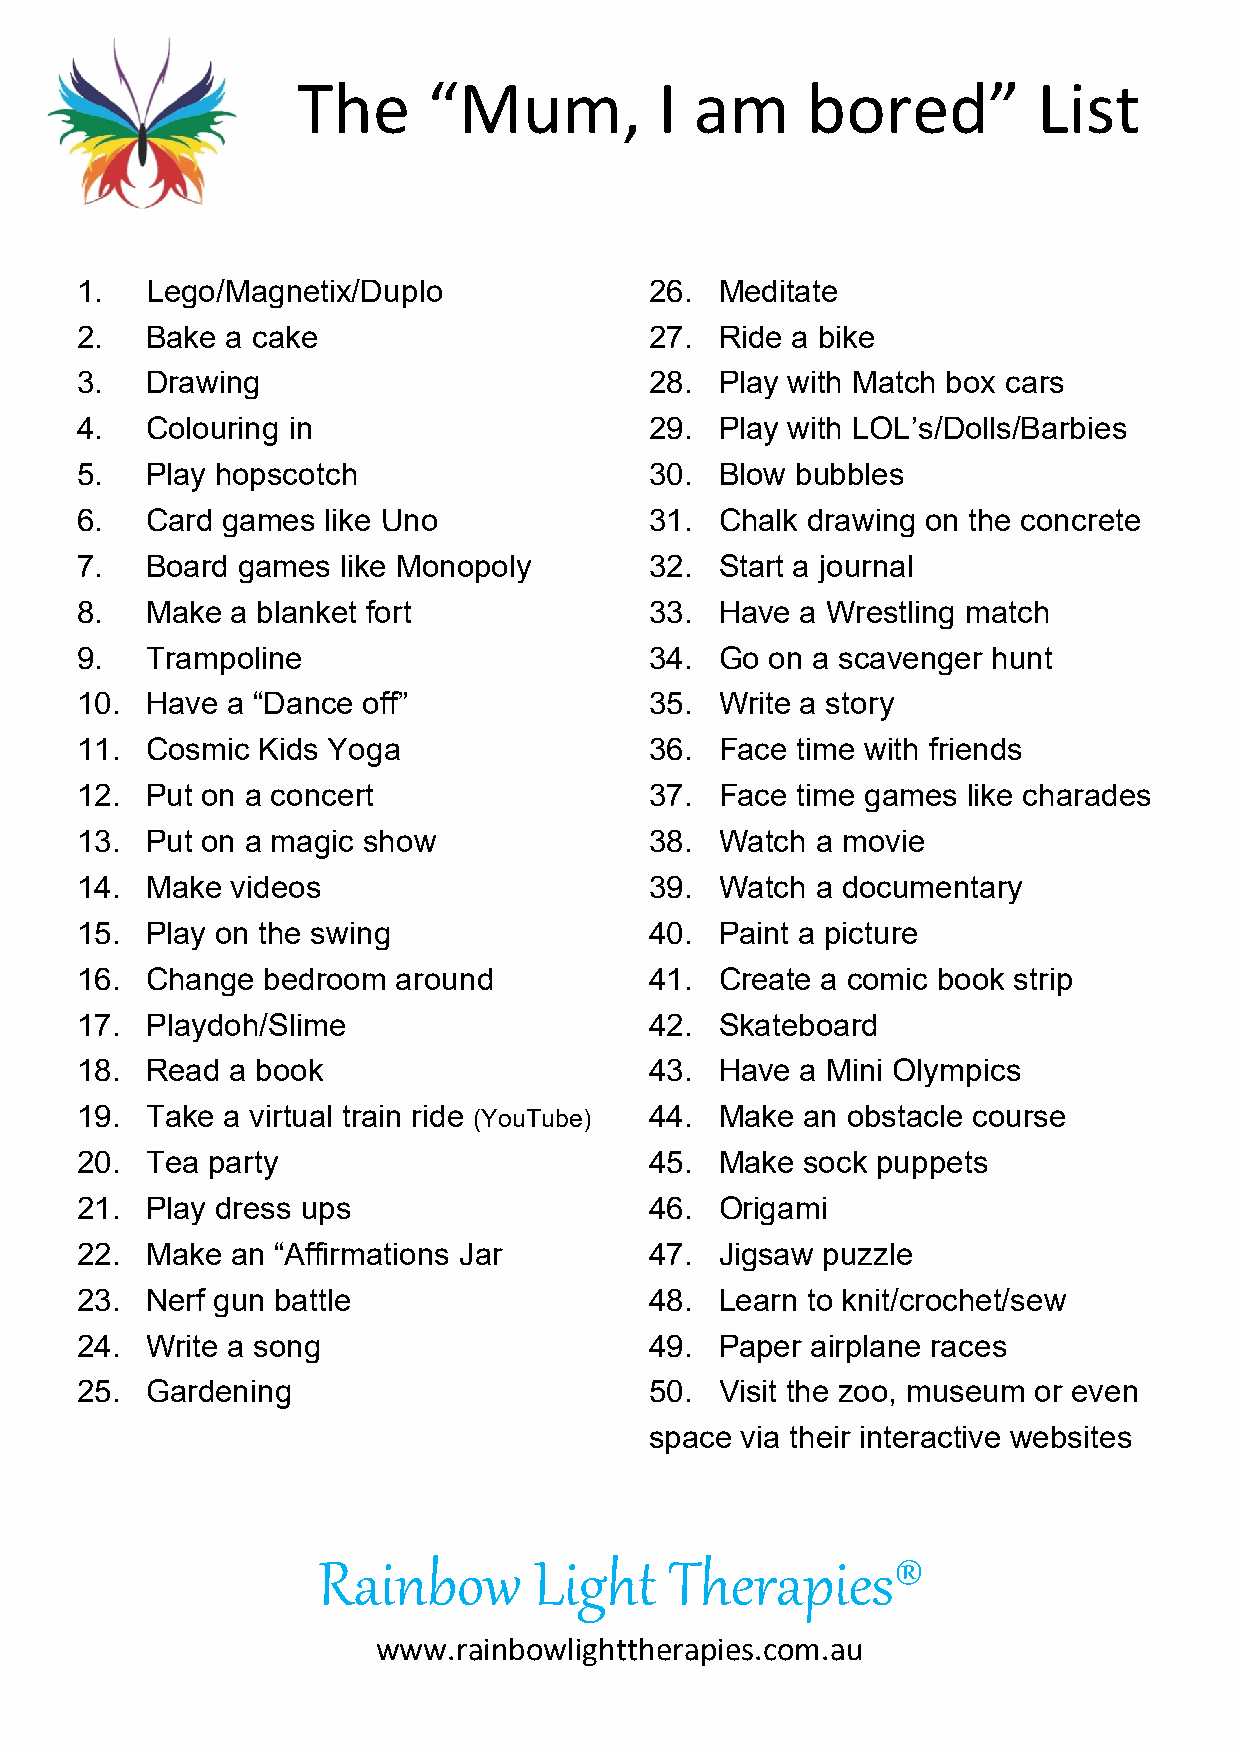
The     “Mum,           I am     bored”          List
 1.   Lego/Magnetix/Duplo              26.  Meditate
 2.   Bake a cake                      27.  Ride a bike
 3.   Drawing                          28.  Play with Match box cars
 4.   Colouring in                     29.  Play with LOL’s/Dolls/Barbies
 5.   Play hopscotch                   30.  Blow bubbles
 6.   Card games  like Uno             31.  Chalk drawing on the concrete
 7.   Board games  like Monopoly       32.  Start a journal
 8.   Make a blanket fort              33.  Have a Wrestling match
 9.   Trampoline                       34.  Go on a scavenger hunt
 10.  Have a “Dance off”               35.  Write a story
 11.  Cosmic Kids Yoga                 36.  Face time with friends
 12.  Put on a concert                 37.  Face time games like charades
 13.  Put on a magic show              38.  Watch a movie
 14.  Make videos                      39.  Watch a documentary
 15.  Play on the swing                40.  Paint a picture
 16.  Change bedroom  around           41.  Create a comic book strip
 17.  Playdoh/Slime                    42.  Skateboard
 18.  Read a book                      43.  Have a Mini Olympics
 19.  Take a virtual train ride (YouTube) 4 4 . M ake an obstacle course
 20.  Tea party                        45.  Make sock puppets
 21.  Play dress ups                   46.  Origami
 22.  Make an “Affirmations Jar        47.  Jigsaw puzzle
 23.  Nerf gun battle                  48.  Learn to knit/crochet/sew
 24.  Write a song                     49.  Paper airplane races
 25.  Gardening                        50.  Visit the zoo, museum or even
 space via their interactive websites
 Rainbow       Light    Therapies®
 www.rainbowlighttherapies.com.au